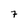
Character: 7